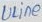
Text: ULine